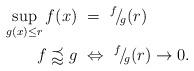
LaTeX: \begin{align*}\sup_{g(x)\leq r}f(x)\ &=\ ^f\!/\!_g(r)\\f\precapprox g\ &\Leftrightarrow\ ^f\!/\!_g(r)\rightarrow0.\end{align*}